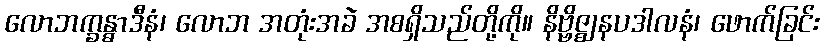
လောဘက္ခန္ဓာဒီနံ၊ လောဘ အတုံးအခဲ အစရှိသည်တို့ကို။ နိဗ္ဗိဇ္ဈနပဒါလနံ၊ ဖောက်ခြင်း